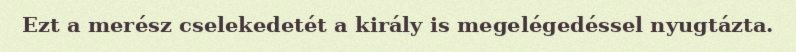
Ezt a merész cselekedetét a király is megelégedéssel nyugtázta.